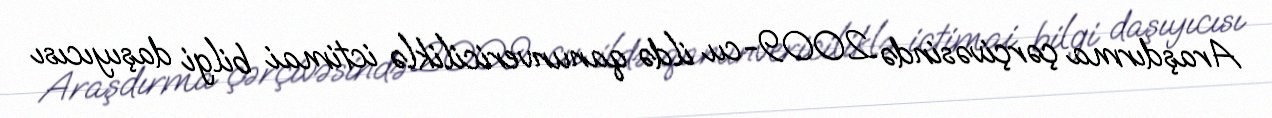
Araşdırma çərçivəsində 2009-cu ildə qanunvericiliklə ictimai bilgi daşıyıcısı